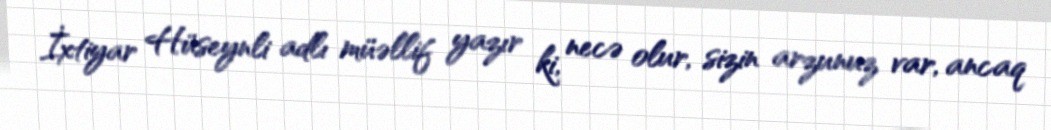
İxtiyar Hüseynli adlı müəllif yazır ki, necə olur, sizin arzunuz var, ancaq